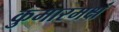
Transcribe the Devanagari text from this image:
कुमारमक्षं